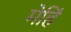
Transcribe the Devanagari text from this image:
मेहिं